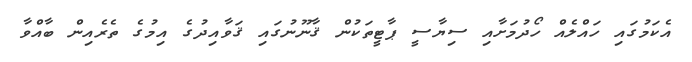
އެކަމުގައި ހައްލެއް ހޯދުމަށާއި ސިޔާސީ ޕާޓީތަކުން ޤާނޫނުގައި ޤަވާއިދުގެ އިމުގެ ތެރެއިން ބާއްވާ